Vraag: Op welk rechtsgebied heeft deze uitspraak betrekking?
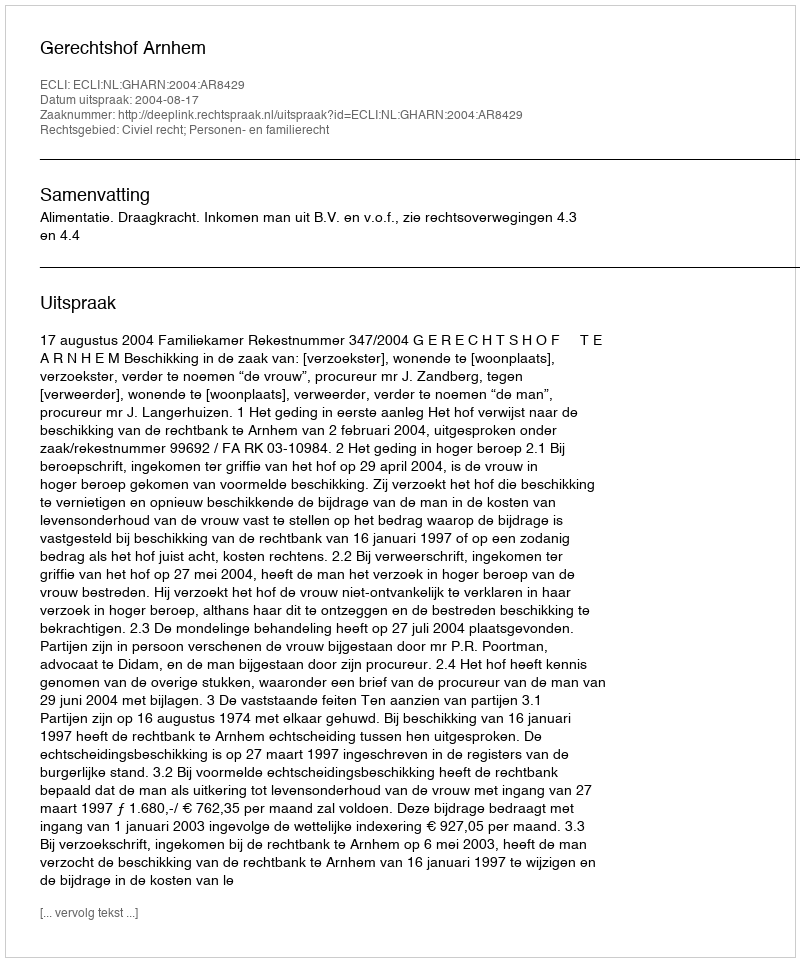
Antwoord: Civiel recht; Personen- en familierecht